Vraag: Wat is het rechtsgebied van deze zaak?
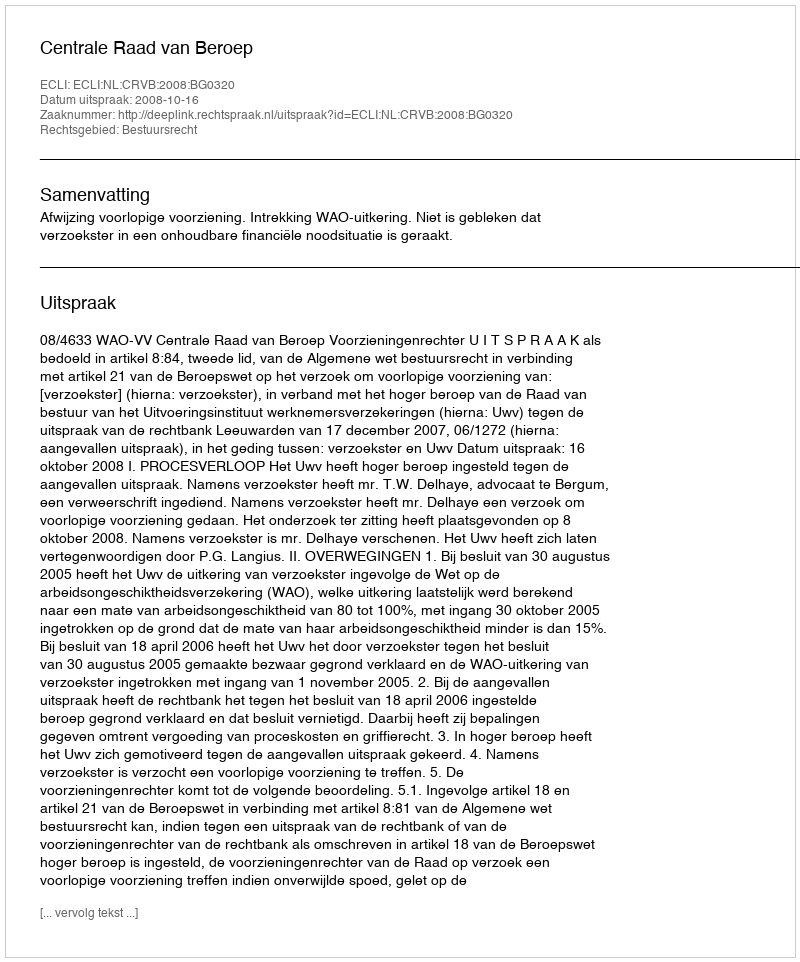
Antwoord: Bestuursrecht